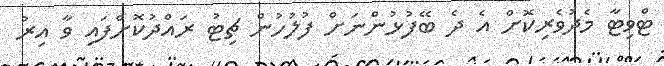
ޓްވިޓާ މެދުވެރިކޮށް އެ ދެ ބޭފުޅުންނަށް ފުލުހުން ޗިޓު ރައްދުކޮށްފައި ވާ އިރު